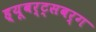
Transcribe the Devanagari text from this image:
ह्यूबर्ट्सबर्ग